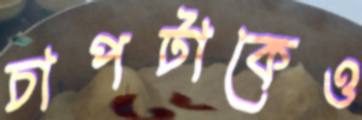
চাপটাকেও